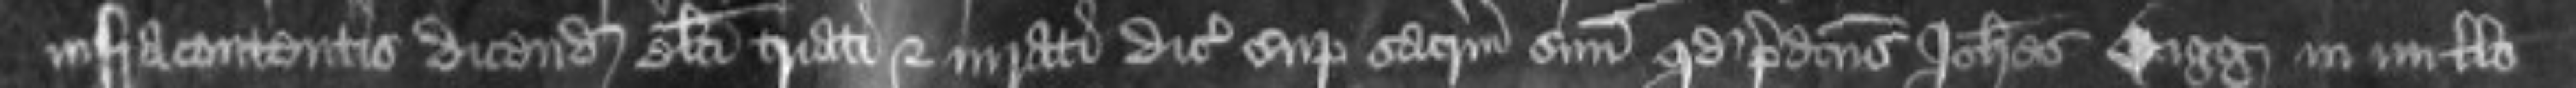
infracontentis dicendam electi triati et iurati dicunt super sacramentum suum quod predictus Johannes Bigg in nullo